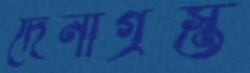
দেনাগ্রস্ত